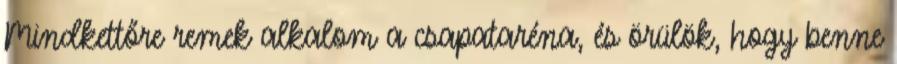
Mindkettőre remek alkalom a csapataréna, és örülök, hogy benne